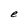
Character: e